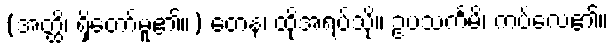
(အတ္ထိ၊ ရှိတော်မူ၏။) တေန၊ ထိုအရပ်သို့။ ဥပသင်္ကမိ၊ ကပ်လေ၏။